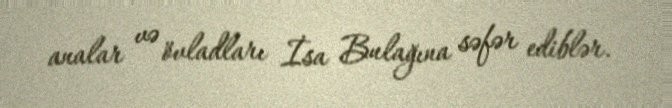
analar və övladları İsa Bulağına səfər ediblər.